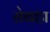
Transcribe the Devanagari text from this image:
सेबहा